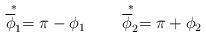
LaTeX: \begin{align*}\stackrel{*}{\overline \phi_1 }= \pi-\phi_1 \qquad \stackrel{*}{\overline\phi_2 }= \pi+\phi_2\end{align*}